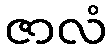
ဇာလံ